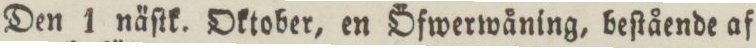
Den 1 näſtk. Oktober, en Öfwerwåning, beſtående af